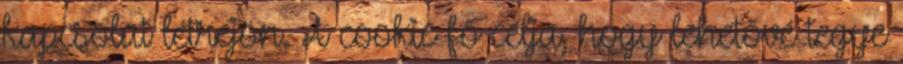
kapcsolat létrejön. A cookie fő célja, hogy lehetővé tegye